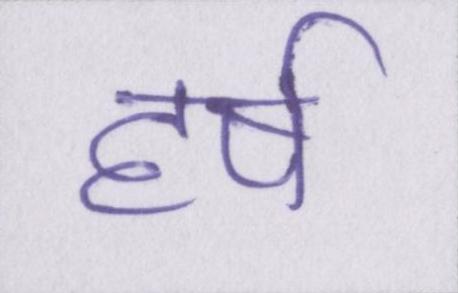
हर्ष